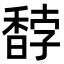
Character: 馞